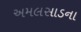
અમલસાડના